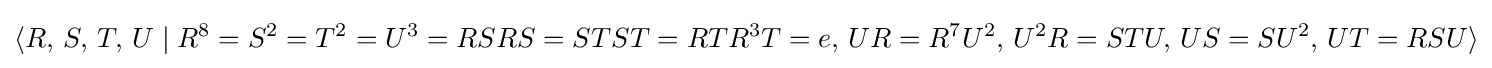
\langle R,\,S,\,T,\,U\mid R^{8}=S^{2}=T^{2}=U^{3}=RSRS=STST=RTR^{3}T=e,\,UR=R^{7}U^{2},\,U^{2}R=STU,\,US=SU^{2},\,UT=RSU\rangle